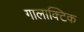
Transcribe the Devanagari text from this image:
गालाक्टिक